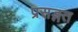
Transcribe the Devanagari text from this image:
प्रसङ्गत